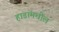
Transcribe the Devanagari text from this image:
हाडांमधील